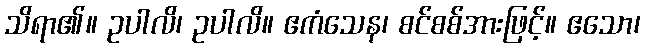
သိရာ၏။ ဥပါလိ၊ ဥပါလိ။ ဧကံသေန၊ စင်စစ်အားဖြင့်။ ဧသော၊